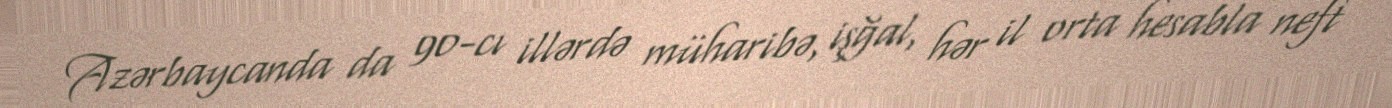
Azərbaycanda da 90-cı illərdə müharibə, işğal, hər il orta hesabla neft